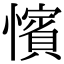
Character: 𢣐